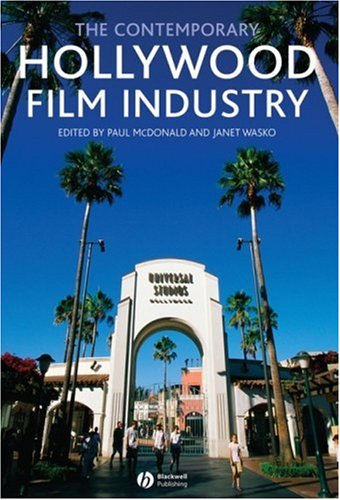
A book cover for The Contemporary Hollywood Film Industry; Humor & Entertainment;